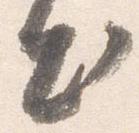
出